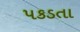
પકડતા